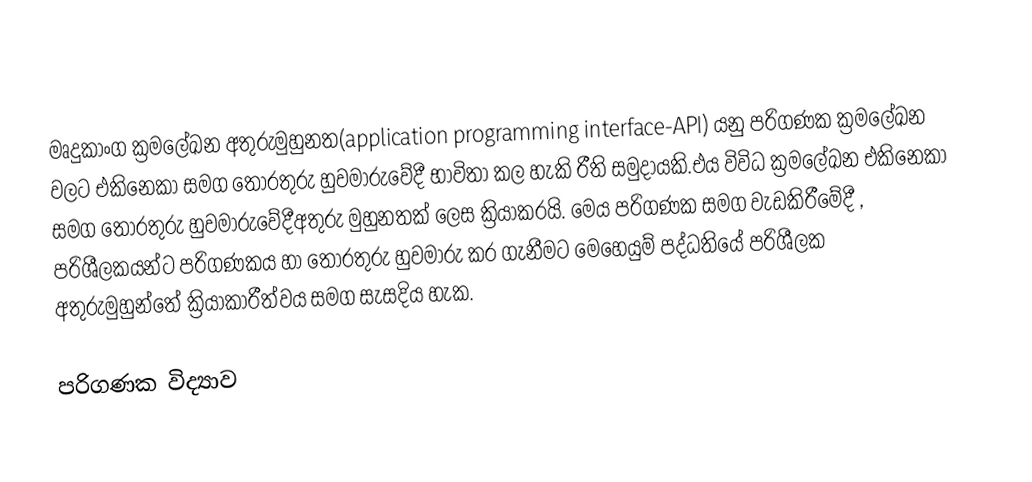
මෘදුකාංග ක්‍රමලේඛන අතුරුමුහුනත(application programming interface-API) යනු පරිගණක ක්‍රමලේඛන වලට එකිනෙකා සමග තොරතුරු හුවමාරුවේදී භාවිතා කල හැකි රීති සමුදායකි.එය විවිධ ක්‍රමලේඛන එකිනෙකා සමග තොරතුරු හුවමාරුවේදීඅතුරු මුහුනතක් ලෙස ක්‍රියාකරයි. මෙය පරිගණක සමග වැඩකිරීමේදී , පරිශීලකයන්ට පරිගණකය හා තොරතුරු හුවමාරු කර ගැනීමට මෙහෙයුම් පද්ධතියේ  පරිශීලක අතුරුමුහුන්තේ ක්‍රියාකාරීත්වය සමග සැසදිය හැක.

පරිගණක විද්‍යාව